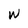
Character: W